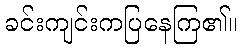
ခင်းကျင်းကပြနေကြ၏။